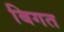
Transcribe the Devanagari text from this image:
बिगत